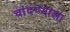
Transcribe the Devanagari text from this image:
चांदण्याला